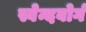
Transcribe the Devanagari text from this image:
स्वेन्दबोर्ग